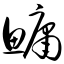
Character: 鳙